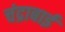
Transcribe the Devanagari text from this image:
चंद्राबाई